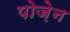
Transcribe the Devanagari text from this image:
पोज़ेन